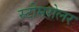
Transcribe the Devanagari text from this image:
स्टीमरोलर